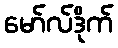
မော်လ်ဒိုက်